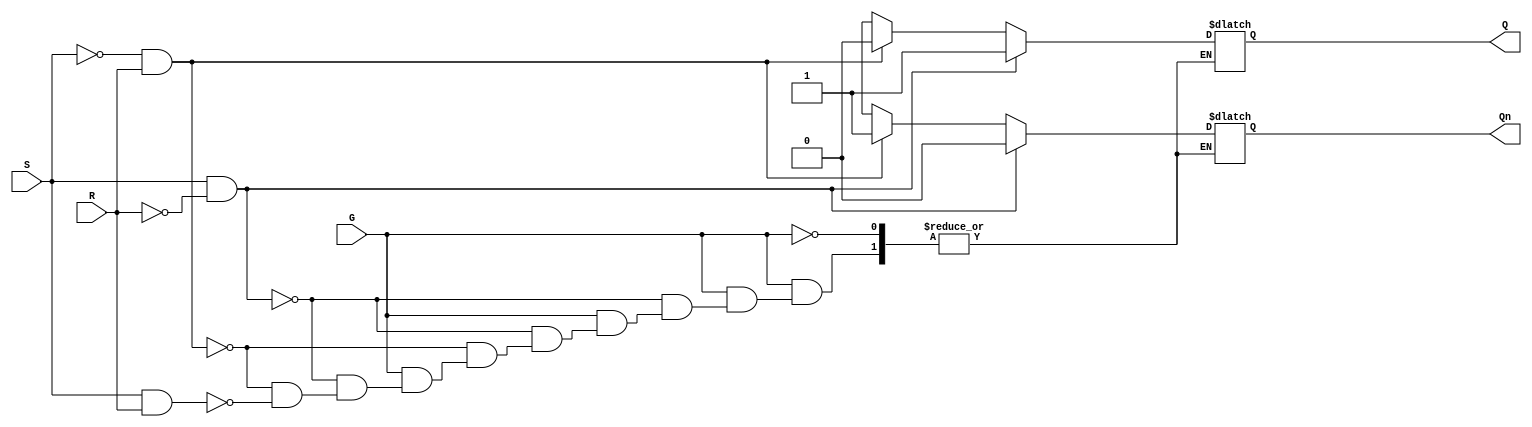
module gated_sr_latch (
    input wire S,      // Set input
    input wire R,      // Reset input
    input wire G,      // Enable input
    output reg Q,      // Output Q
    output reg Qn      // Complementary output Q
);

always @(*) begin
    if (G) begin
        if (S && !R) begin
            Q = 1'b1;   // Set state
            Qn = 1'b0;  // Complement of Q
        end else if (!S && R) begin
            Q = 1'b0;   // Reset state
            Qn = 1'b1;  // Complement of Q
        end else if (S && R) begin
            // Indeterminate state (can be handled as needed)
            Q = 1'bx;   // Undefined state
            Qn = 1'bx;  // Undefined state
        end else begin
            // Maintain current state
            Q = Q;      // Hold current state
            Qn = Qn;    // Hold current state
        end
    end
    // If G is low, maintain the current state
end

endmodule